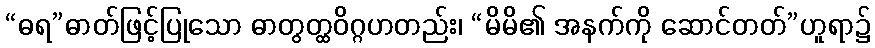
“ဓရ”ဓာတ်ဖြင့်ပြုသော ဓာတွတ္ထဝိဂ္ဂဟတည်း၊ “မိမိ၏ အနက်ကို ဆောင်တတ်”ဟူရာ၌